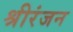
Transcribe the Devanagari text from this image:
श्रीरंजन